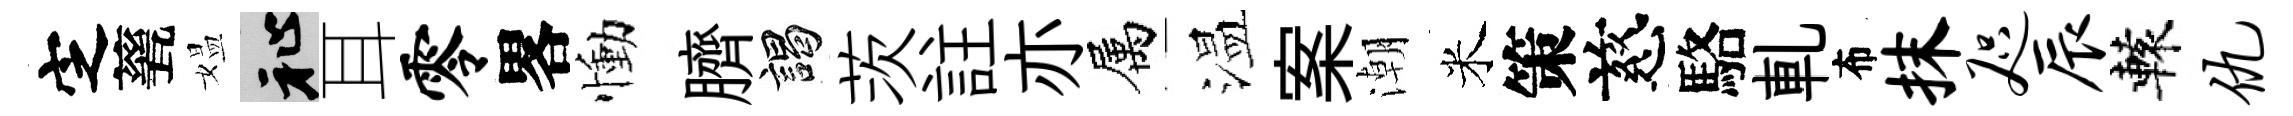
㝎甆媪祉耳零畧慟臍謁茨註亦属温案潮米策慈駱軋布抹咫辰轅仇